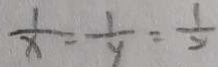
\frac { 1 } { x } = \frac { 1 } { y } = \frac { 1 } { 2 }